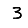
Digit: 3